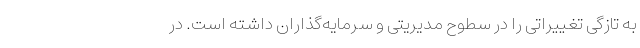
به تازگی تغییراتی را در سطوح مدیریتی و سرمایه‌گذاران داشته است. در